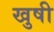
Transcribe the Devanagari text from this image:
खुषी